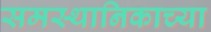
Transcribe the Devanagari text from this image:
समस्थानिकाच्या